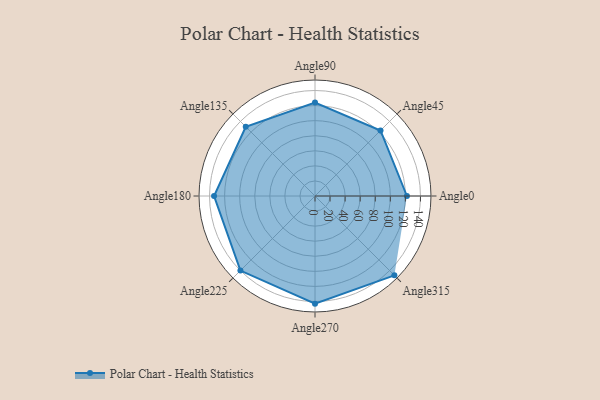
{"axis": {"x": "Angle", "y": "Radius"}, "legend": [""], "data": [{"x": "Angle0", "y": 122.0, "type": ""}, {"x": "Angle45", "y": 123.0, "type": ""}, {"x": "Angle90", "y": 124.0, "type": ""}, {"x": "Angle135", "y": 130.0, "type": ""}, {"x": "Angle180", "y": 134.0, "type": ""}, {"x": "Angle225", "y": 140.0, "type": ""}, {"x": "Angle270", "y": 143.0, "type": ""}, {"x": "Angle315", "y": 149.0, "type": ""}]}